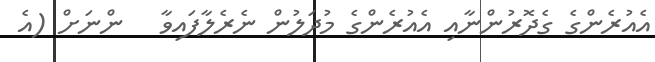
އެއުރެންގެ ގެދޮރުންނާއި އެއުރެންގެ މުދަލުން ނެރެލާފައިވާ   ންނަށް (އެ